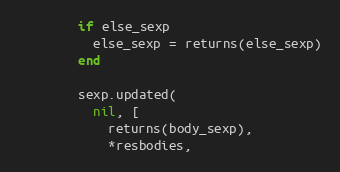
Language: Ruby
        if else_sexp
          else_sexp = returns(else_sexp)
        end

        sexp.updated(
          nil, [
            returns(body_sexp),
            *resbodies,